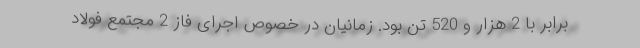
برابر با 2 هزار و 520 تن بود. زمانیان در خصوص اجرای فاز 2 مجتمع فولاد